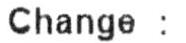
CHANGE :